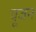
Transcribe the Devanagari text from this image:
यूजन